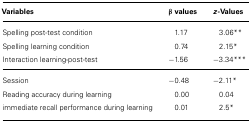
| Variables | β values | z-Values |
 | --- | --- | --- |
 | Spelling post-test condition | 1.17 | 3.06** |
 | Spelling learning condition | 0.74 | 2.15* |
 | Interaction learning-post-test | -1.56 | -3.34*** |
 | Session | -0.48 | -2.11* |
 | Reading accuracy during learning | 0.00 | 0.04 |
 | immediate recall performance during learning | 0.01 | 2.5* |